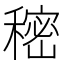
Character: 𰨷